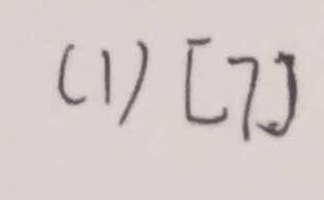
( 1 ) [ 7 ]